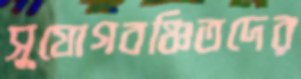
সুযোগবঞ্চিতদের